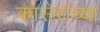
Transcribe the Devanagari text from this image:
कासेरांच्या